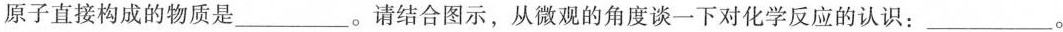
原子直接构成的物质是___。请结合图示，从微观的角度谈一下对化学反应的认识：___。